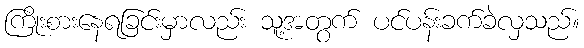
ကြိုးစားနေရခြင်းမှာလည်း သူ့အတွက် ပင်ပန်းခက်ခဲလှသည်။